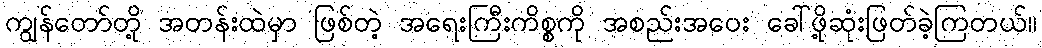
ကျွန်တော်တို့ အတန်းထဲမှာ ဖြစ်တဲ့ အရေးကြီးကိစ္စကို အစည်းအဝေး ခေါ်ဖို့ဆုံးဖြတ်ခဲ့ကြတယ်။